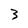
Character: 3